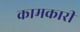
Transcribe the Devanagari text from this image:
कामकारी